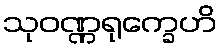
သုဝဏ္ဏရုက္ခေဟိ